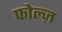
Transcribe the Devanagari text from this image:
फोल्ज़